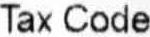
TAX CODE